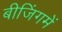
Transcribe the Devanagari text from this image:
बीजिंगमें